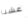
عشنا